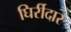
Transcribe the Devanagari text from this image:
घिर्रीदार